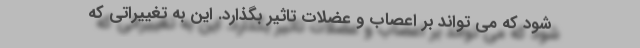
شود که می تواند بر اعصاب و عضلات تاثیر بگذارد. این به تغییراتی که